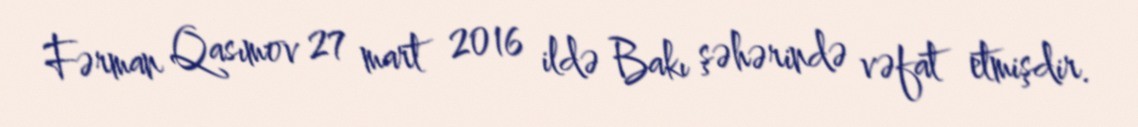
Fərman Qasımov 27 mart 2016 ildə Bakı şəhərində vəfat etmişdir.